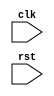
module timing_sync_blocks (

  input wire clk,
  input wire rst,
  // additional input/output signals here

);

  // Verilog code for timing control and synchronization blocks here

endmodule